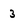
Character: 3